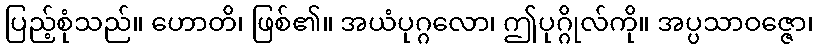
ပြည့်စုံသည်။ ဟောတိ၊ ဖြစ်၏။ အယံပုဂ္ဂလော၊ ဤပုဂ္ဂိုလ်ကို။ အပ္ပသာဝဇ္ဇော၊